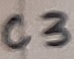
Text: C3